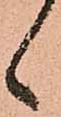
候